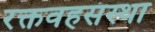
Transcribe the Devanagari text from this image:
रक्तवहसंस्था